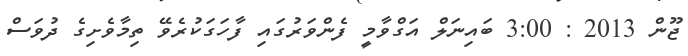
ޖޫން 2013 : 3:00 ބައިނަލް އަގްވާމީ ފެންވަރުގައި ފާހަގަކުރެވޭ ތިމާވެށިގެ ދުވަސް